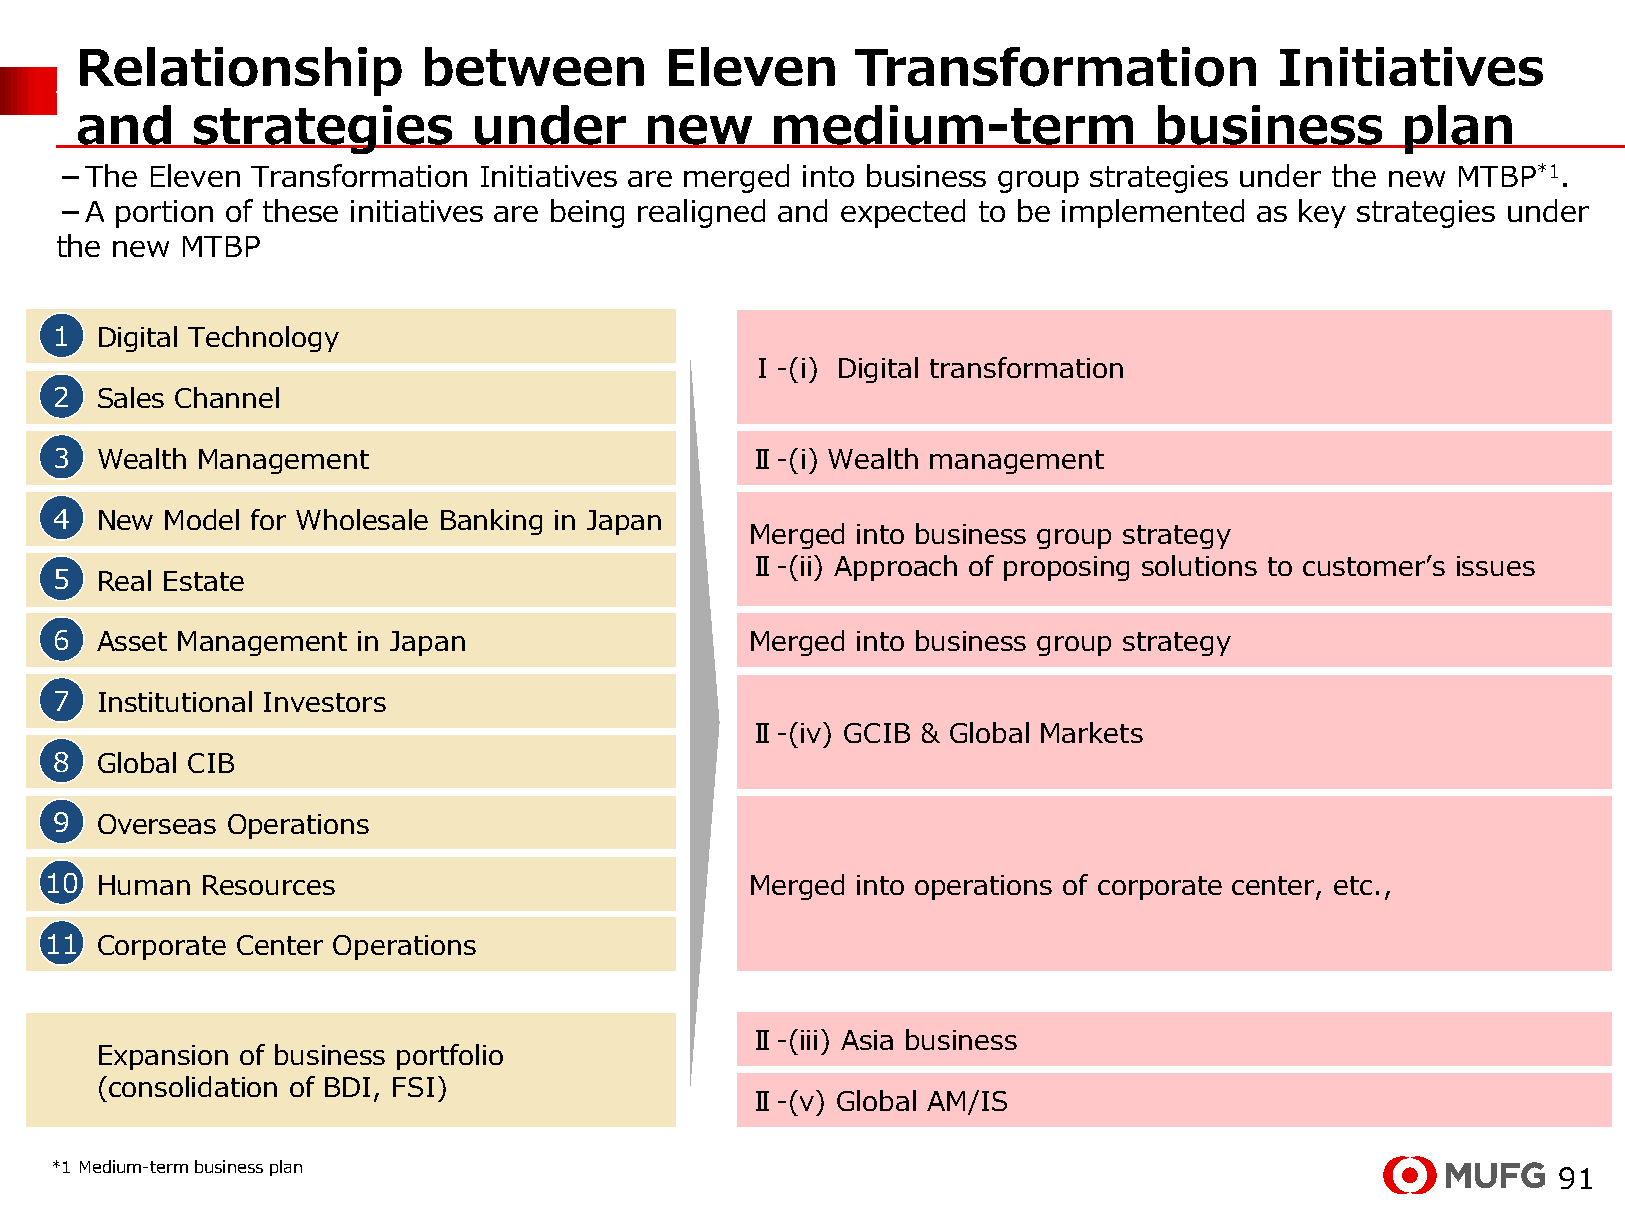
Relationship           between         Eleven       Transformation              Initiatives
 重点戦略
 and     strategies        under       new     medium-term              business         plan
 －The  Eleven Transformation Initiatives are merged into business group strategies under the new MTBP*1.
 －A  portion of these initiatives are being realigned and expected to be implemented as key strategies under
 the new MTBP
 1 Digital Technology
 Ⅰ-(i) Digital transformation
 2 Sales Channel
 3 Wealth Management                           Ⅱ-(i) Wealth management
 4 New  Model for Wholesale Banking in Japan
 Merged into business group strategy
 Ⅱ-(ii) Approach of proposing solutions to customer’s issues
 5 Real Estate
 6 Asset Management  in Japan                  Merged into business group strategy
 7 Institutional Investors
 Ⅱ-(iv) GCIB & Global Markets
 8 Global CIB
 9 Overseas Operations
 10 Human  Resources                            Merged into operations of corporate center, etc.,
 11 Corporate Center Operations
 Ⅱ-(iii) Asia business
 Expansion of business portfolio
 (consolidation of BDI, FSI)
 Ⅱ-(v) Global AM/IS
 *1 Medium-term business plan
 91